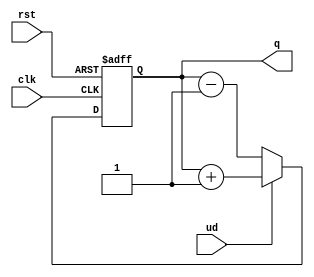
module up_down_counter (
    input wire clk,          // Clock input
    input wire rst,          // Asynchronous reset
    input wire ud,           // Up/Down control signal
    output reg [7:0] q       // 8-bit Counter output
);

    // Asynchronous reset logic
    always @(posedge clk or posedge rst) begin
        if (rst) begin
            q <= 8'b00000000; // Reset counter to zero
        end else begin
            if (ud) begin
                q <= q + 1; // Count up
            end else begin
                q <= q - 1; // Count down
            end
        end
    end

endmodule